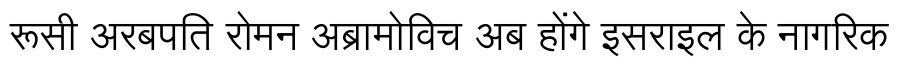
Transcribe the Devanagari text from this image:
रूसी अरबपति रोमन अब्रामोविच अब होंगे इसराइल के नागरिक